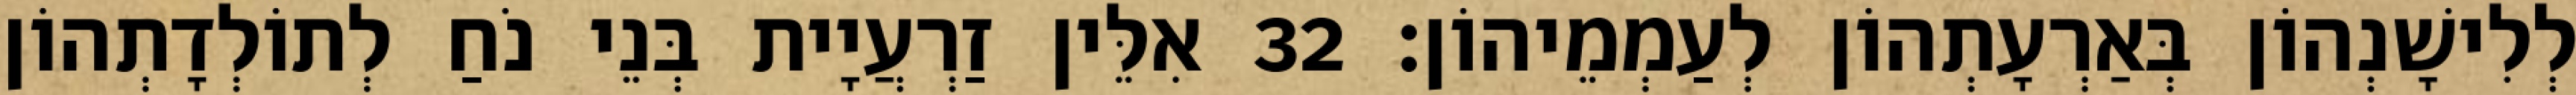
לְלִישָׁנְהוֹן בְּאַרְעָתְהוֹן לְעַמְמֵיהוֹן׃ 32 אִלֵּין זַרְעֲיָית בְּנֵי נֹחַ לְתוֹלְדָתְהוֹן